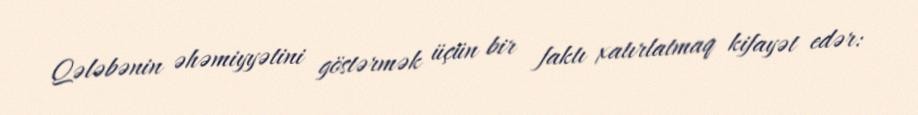
Qələbənin əhəmiyyətini göstərmək üçün bir faktı xatırlatmaq kifayət edər: